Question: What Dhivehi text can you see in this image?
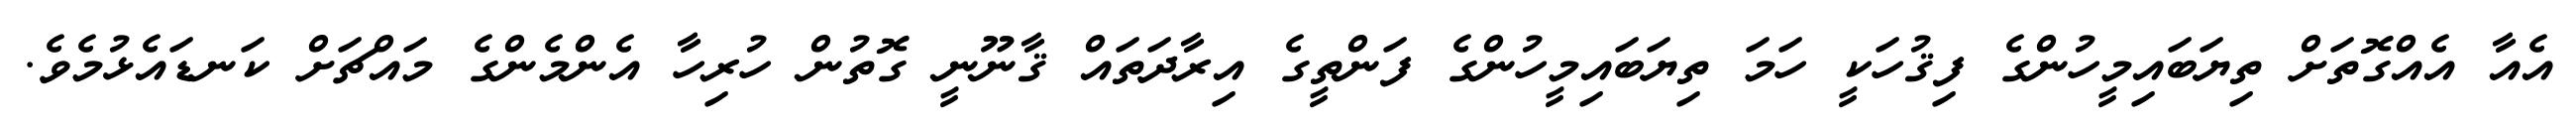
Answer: އެއާ އެއްގޮތަށް ތިޔަބައިމީހުންގެ ފިޤުހަކީ ހަމަ ތިޔަބައިމީހުންގެ ފަންތީގެ އިރާދަތައް ޤާނޫނީ ގޮތުން ހުރިހާ އެންމެންގެ މައްޗަށް ކަނޑައެޅުމެވެ.